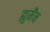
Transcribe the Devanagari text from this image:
ह्युमैन